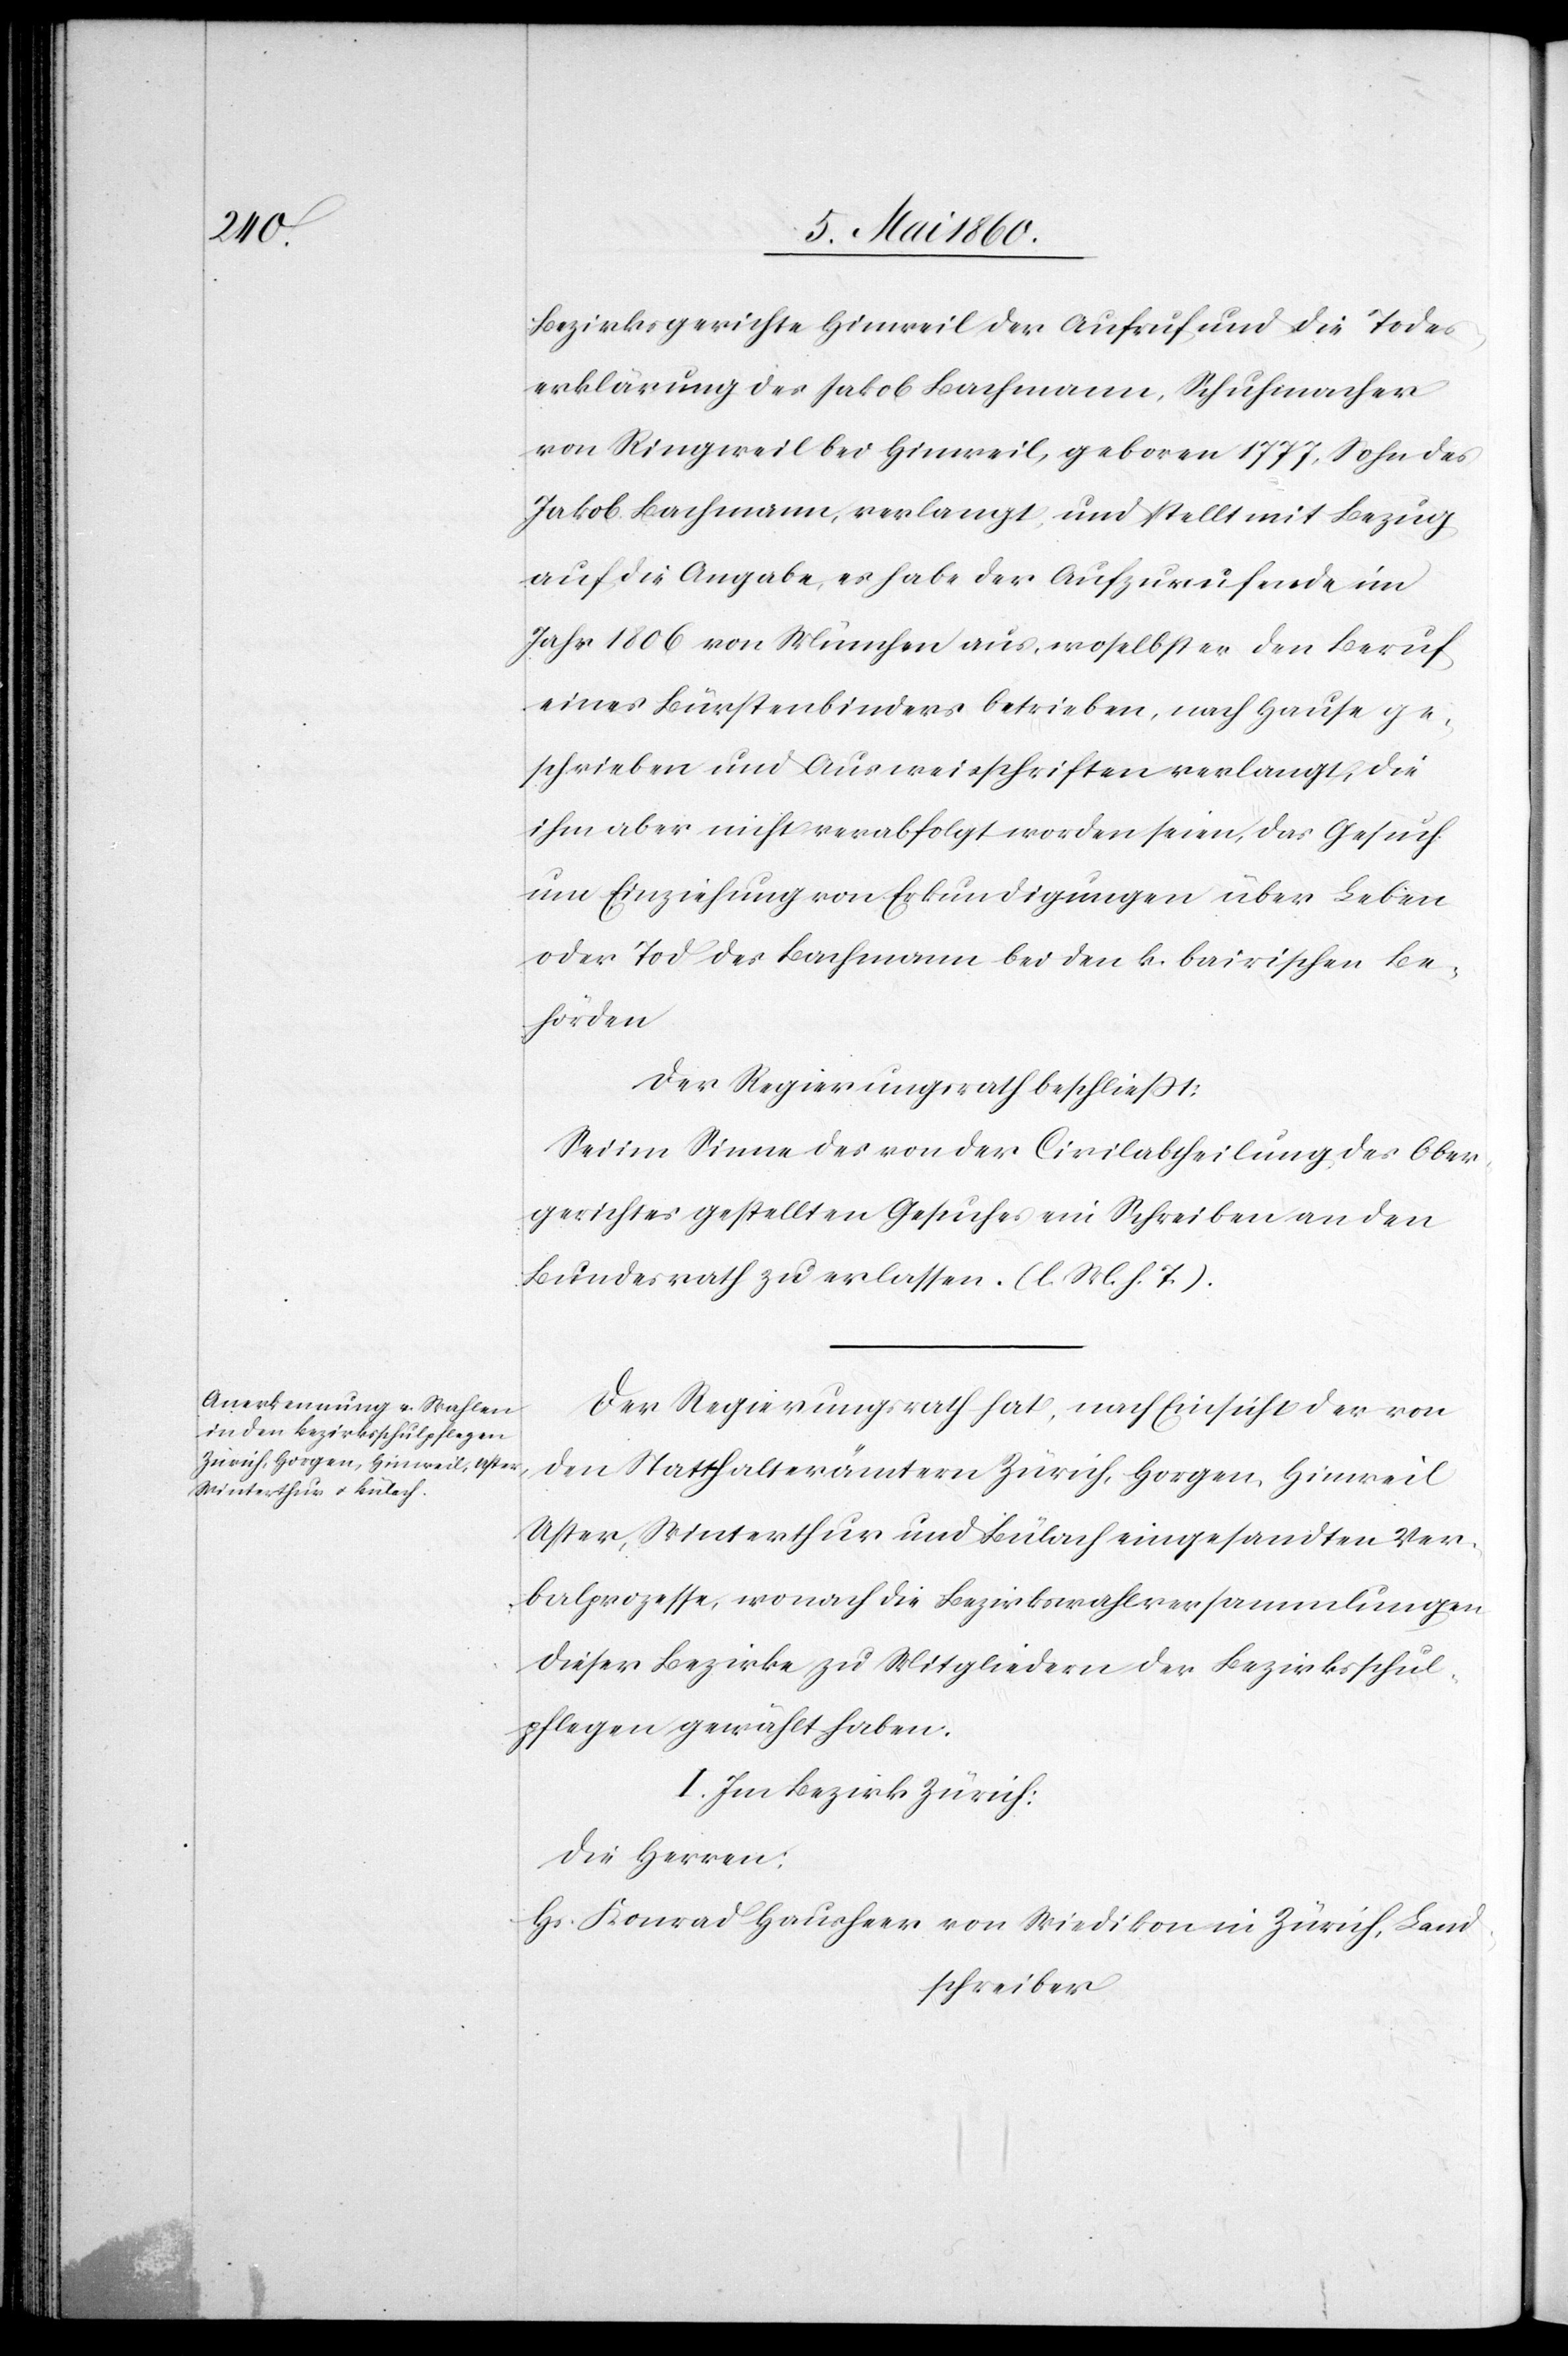
Bezirksgerichte Hinweil der Aufruf und die Todes¬
erklärung des Jakob Bachmann, Schuhmacher
von Ringweil bei Hinweil, geboren 1777, Sohn des
Jakob Bachmann, verlangt und stellt mit Bezug
auf die Angabe, es habe der Aufzuweisende im
Jahr 1806 von München aus, woselbst er den Beruf
eines Bürstenbinders betreiben, nach Hause ge¬
schrieben und Ausweisschriften verlangt, die
ihm aber nicht verabfolgt worden seien, das Gesuch
um Einziehung von Erkundigungen über Leben
oder Tod des Bachmann bei den k. bairischen Be¬
hörden.
Der Regierungsrath beschliesst:
Sei im Sinne des von der Civilabtheilung des Ober¬
gerichtes gestellten Gesuches ein Schreiben an den
Bundesrath zu erlassen. (l. M. h. T.)
Der Regierungsrath hat, nach Einsicht der von
den Statthalterämtern Zürich, Horgen, Hinweil
Uster, Winterthur und Bülach eingesandten Ver¬
balprozesse, wonach die Bezirkswahlversammlungen
dieser Bezirke zu Mitgliedern der Bezirksschul¬
pflegen gewählt haben.
I. Im Bezirk Zürich:
Die Herren:
Hs. Konrad Hausheer von Wiedikon in Zürich, Land¬
schreiber.